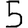
Digit: 5